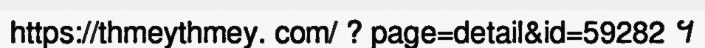
https://thmeythmey. com/ ? page=detail&id=59282 ។